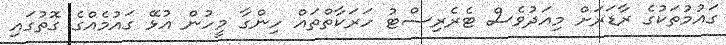
ގައުމުތަކުގެ ރާޑަރަށް މިއަދުވެސް ޓެރެރިސްޓު ހަރަކާތްތައް ހިންގާ މީހުން އުޅޭ ގައުމެއްގެ ގޮތުގައި